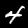
Label: 4